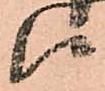
候